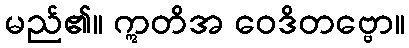
မည်၏။ ဣတိအ ဝေဒိတဗ္ဗော။